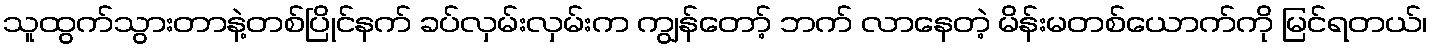
သူထွက်သွားတာနဲ့တစ်ပြိုင်နက် ခပ်လှမ်းလှမ်းက ကျွန်တော့် ဘက် လာနေတဲ့ မိန်းမတစ်ယောက်ကို မြင်ရတယ်၊